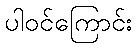
ပါဝင်ကြောင်း